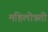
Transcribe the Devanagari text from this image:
महिलोन्नती